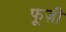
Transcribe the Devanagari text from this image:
फूज़ी